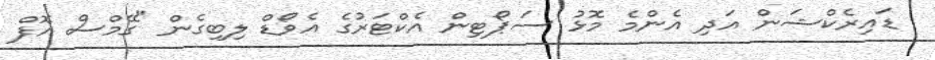
ޑައިރެކްޝަން އަދި އެންމެ މޮޅު ސަޕޯޓިން އެކްޓަރުގެ އެވޯޑް ލިބިގެން "ގޭމްސް އޮފް